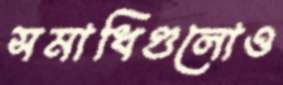
সমাধিগুলোও